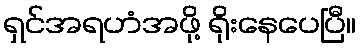
ရှင်အရဟံအဖို့ ရိုးနေပေပြီ။